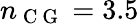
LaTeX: n_{\mathrm{~C~G~}}=3.5